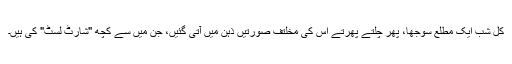
کل شب ایک مطلع سوجھا، پھر چلتے پھرتے اس کی مخلتف صورتیں ذہن میں آتی گئیں، جن میں سے کچھ "شارٹ لسٹ" کی ہیں۔